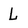
Character: L